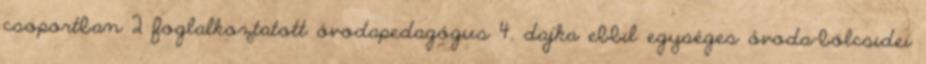
csoportban 2 foglalkoztatott óvodapedagógus 4. dajka ebbıl egységes óvoda-bölcsıdei